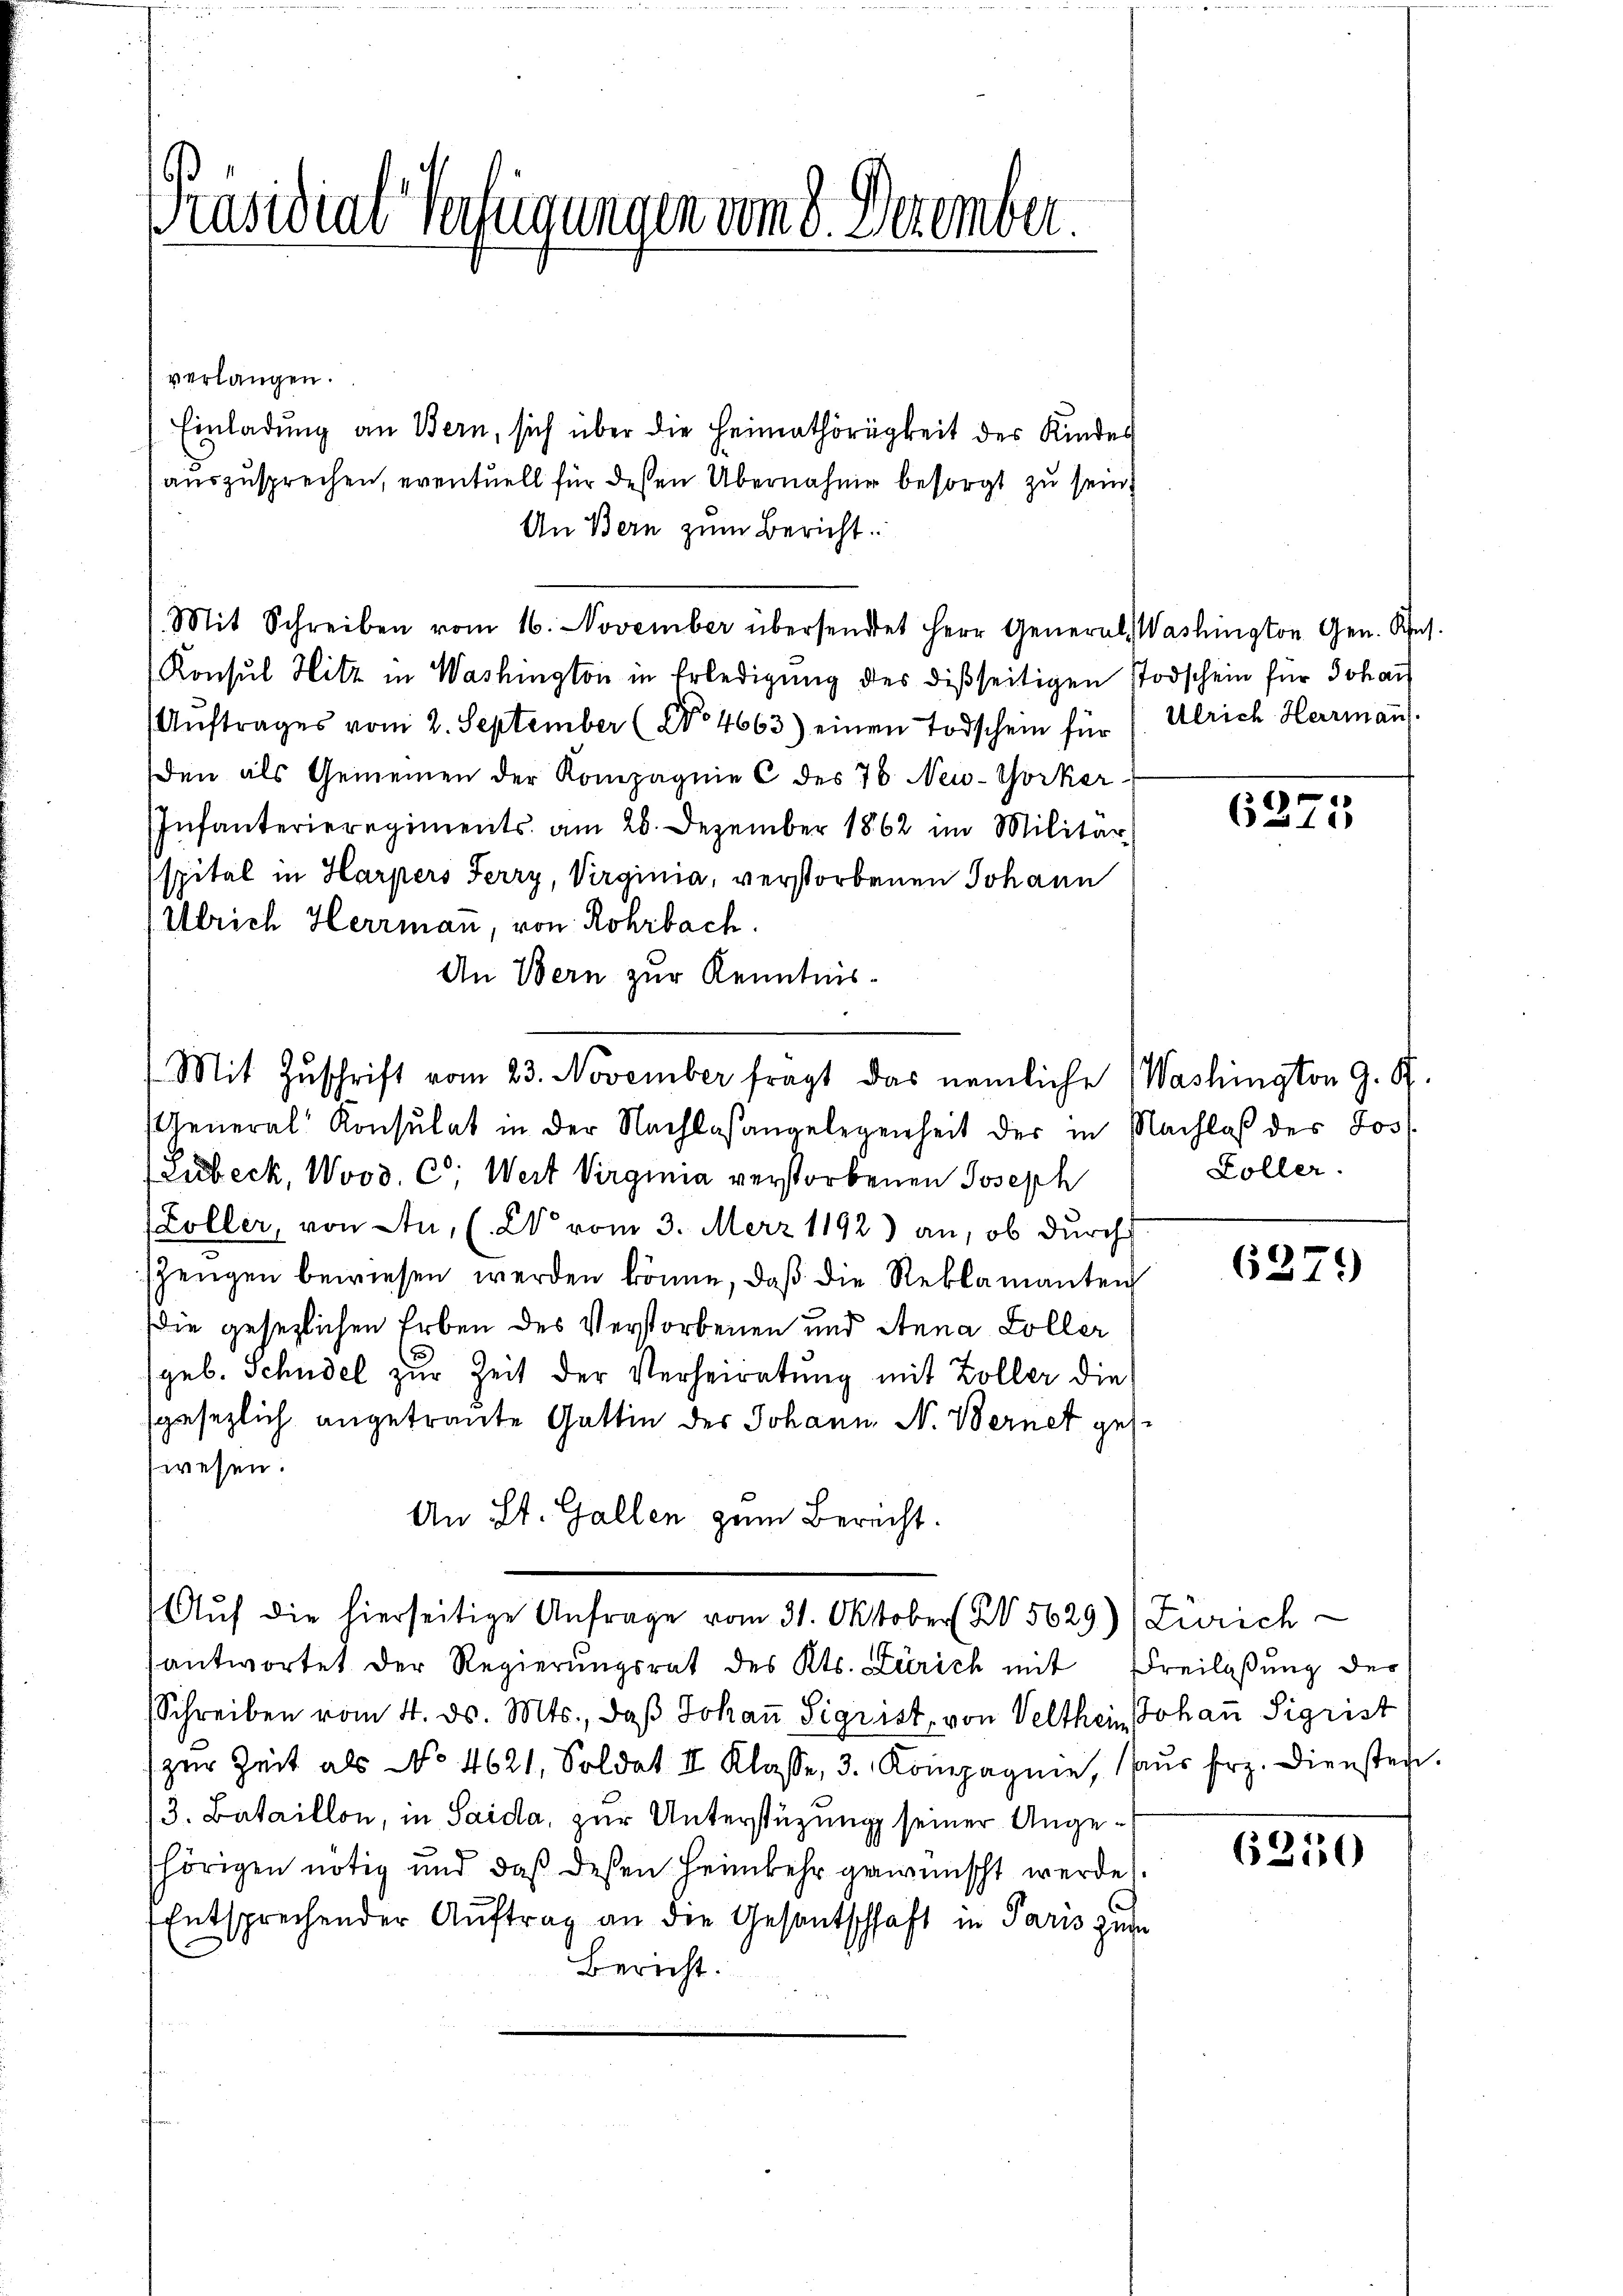
Präsidial-Verheinungen vom 8. Dezember.

verlangen.
Einladung an Bern, sich über die Heimathörigkeit des Kinder
auszusprechen, eventuell für deßen Übernahme besorgt zu sein.
An Bern zum Bericht
Mit Schreiben vom 16. November übersendet Herr General Washington Gen. Res.
Konsul Hitz in Washington in Erledigung des disseitigen Todschein für Johan
(Aŭftrages vom 2. September (No 4663) einen Todschein für ( Ulrich Herrman.
den als Gemeinen der Kompagnie C des 76 New-Yorker-
Infanterieregiments am 26. Dezember 1862 im Militär
spital in Harpers Ferry, Virginia, verstorbenen Johann
Ulrich Herrmann, von Rohrbach.
An Bern zur Kenntnis-
1 Mit Zuschrift vom 23. November fragt das nemliche Washington G. K.
General Konsulat in der Nachlaßangelegenheit der in Nachlaß des Jos
(Lubeck, Wood. C. Wert Virginia verstorbenen Joseph
Zöller, von Au, (2 vom 3. Merz 1192) an, ob durch
szengen bewiesen werden könne, daβ die Reklamanten
Die gesezlichen Erben des Verstorbenen und Anna Koller
(geb. Schudel zur Zeit der Verheiratung mit Zoller die
sgesezlich angetraute Gattin des Johann N. Bernet geiwesen.
An St. Gallen zum Berecht.
Aŭf die hierseitige Anfrage vom 31. Oktober X 5629) Zürich
antwortet der Regierŭngsrat des Kts. Zürich mit Freilaßung der
Schreiben vom 4. ds. Mts., daß Johaṅ Sigrist, von Velthein Johann Sigrist
zur Zeit als No 4621, Soldat II Klasse, 3. Kompagnie, aus frz. Diensten.
/3. Bataillon, in Saida, zur Unterstüzung seiner Angehörigen nötig und daß deßen Heimkehr gewünscht werde.
Entsprechender Auftrag an der Gesantschhaft in Paris zur
Bericht.

6375

Zöller.

6279

6350